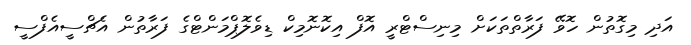
އަދި މިގޮތުން ހޮވޭ ފަރާތްތަކަށް މިނިސްޓްރީ އޮފް އިކޮނޮމިކް ޑިވެލޮޕްމަންޓްގެ ފަރާތުން އެޗްސީއެފްސީ